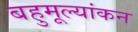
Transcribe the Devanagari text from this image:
बहुमूल्यांकन